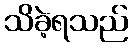
သိခဲ့ရသည်